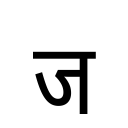
OCR:
ज